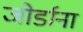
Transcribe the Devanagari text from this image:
जोर्डाना